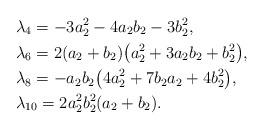
LaTeX: \begin{align*} &\lambda_4 = -3a_2^2 - 4a_2 b_2 - 3b_2^2,\\ &\lambda_6 = 2(a_2+b_2)\big(a_2^2+3a_2 b_2+b_2^2\big), \\ &\lambda_8 = -a_2 b_2 \big(4a_2^2+ 7 b_2 a_2 + 4b_2^2\big),\\ &\lambda_{10} = 2 a_2^2 b_2^2 (a_2+b_2).\end{align*}